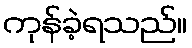
ကုန်ခဲ့ရသည်။